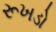
રૂખડો